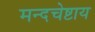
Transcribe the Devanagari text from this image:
मन्दचेष्टाय